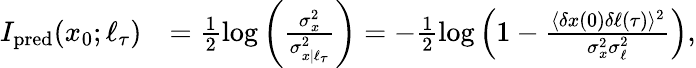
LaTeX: \begin{array}{rl}{I_{\mathrm{pred}}(x_{0};\ell_{\tau})}&{=\frac{1}{2}\log\left(\frac{\sigma_{x}^{2}}{\sigma_{x|\ell_{\tau}}^{2}}\right)=-\frac{1}{2}\log\left(1-\frac{\langle\delta x(0)\delta\ell(\tau)\rangle^{2}}{\sigma_{x}^{2}\sigma_{\ell}^{2}}\right),}\end{array}